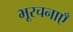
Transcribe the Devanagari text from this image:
भूरचनाएँ